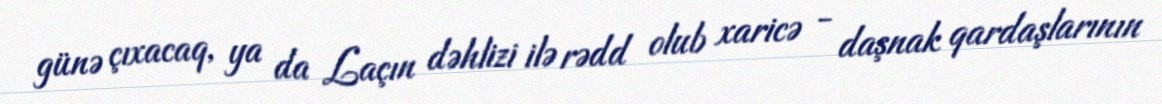
günə çıxacaq, ya da Laçın dəhlizi ilə rədd olub xaricə - daşnak qardaşlarının